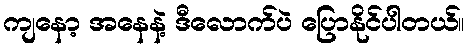
ကျနော့ အနေနဲ့ ဒီလောက်ပဲ ပြောနိုင်ပါတယ်။